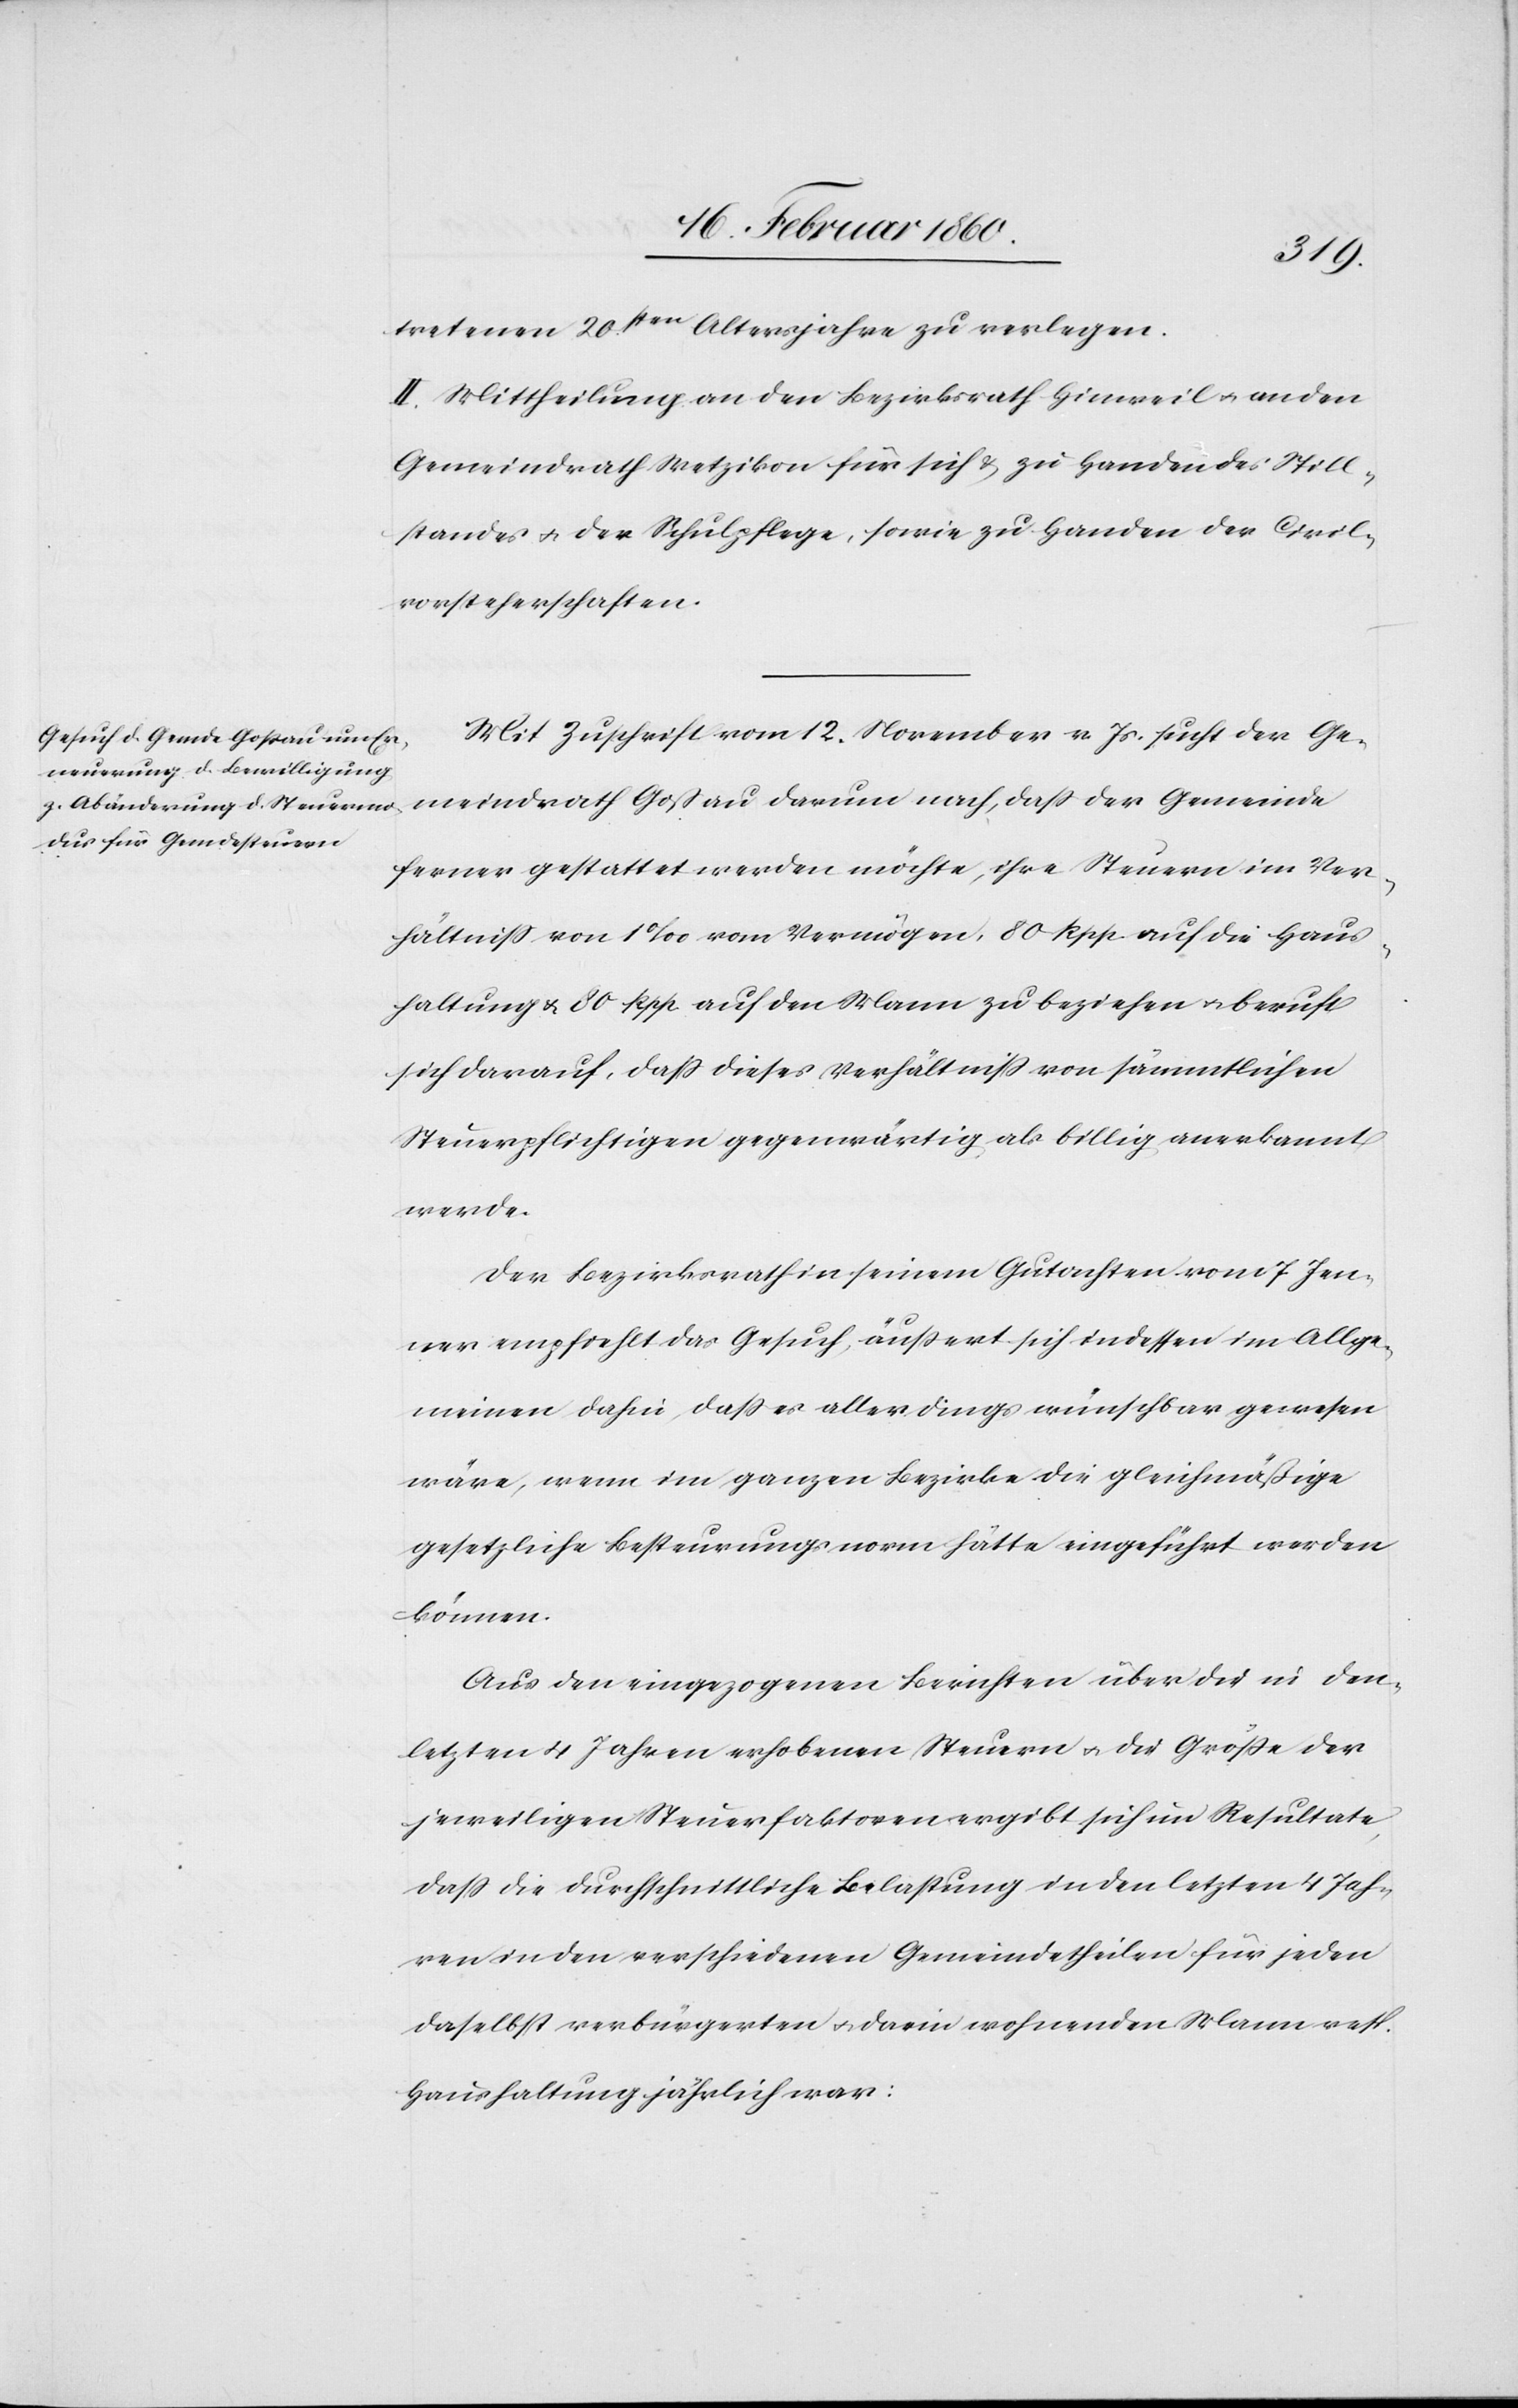
tretenen 20sten Altersjahre zu verlegen.
II. Mitheilung an den Bezirksrath Hinweil u. an den
Gemeindrath Wetzikon für sich u. zu Handen des Still¬
standes u. der Schulpflege, sowie zu Handen der Civil¬
vorsteherschaften.
Mit Zuschrift vom 12. November v. Js. sucht der Ge¬
meindrath Gossau darum nach, dass der Gemeinde
ferner gestattet werden möchte, ihre Steuern im Ver¬
hältniss von 1‰ vom Vermögen, 80 Rpp. auf die Haus¬
haltung u. 80 Rpp. auf den Mann zu beziehen u. beruft
sich darauf, dass dieses Verhältniss von sämmtlichen
Steuerpflichtigen gegenwärtig als billig anerkannt.
Der Bezirksrath in seinem Gutachten vom 7 Jen¬
ner empfiehlt das Gesuch, äußert sich indessen im Allge¬
meinen dahin, dass es allerdings wünschbar gewesen
wäre, wenn im ganzen Bezirke die gleichmäßige
gesetzliche Besteurungsnorm hätte eingeführt werden
können.
Aus den eingezogenen Berichten über die in den
letzten 4 Jahren erhobenen Steuern u. die Grösse der
jeweiligen Steuerfaktoren ergibt sich im Resultate,
dass die durchschnittliche Belastung in den letzten 4 Jah¬
ren in den verschiedenen Gemeindetheilen für jeden
daselbst verbürgerten u. darin wohnenden Mann resp.
Haushaltung jährlich war: